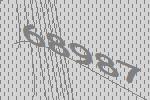
68987